Indian journal of veterinary science and animal husbandry - Volume 4,
Year: 1934
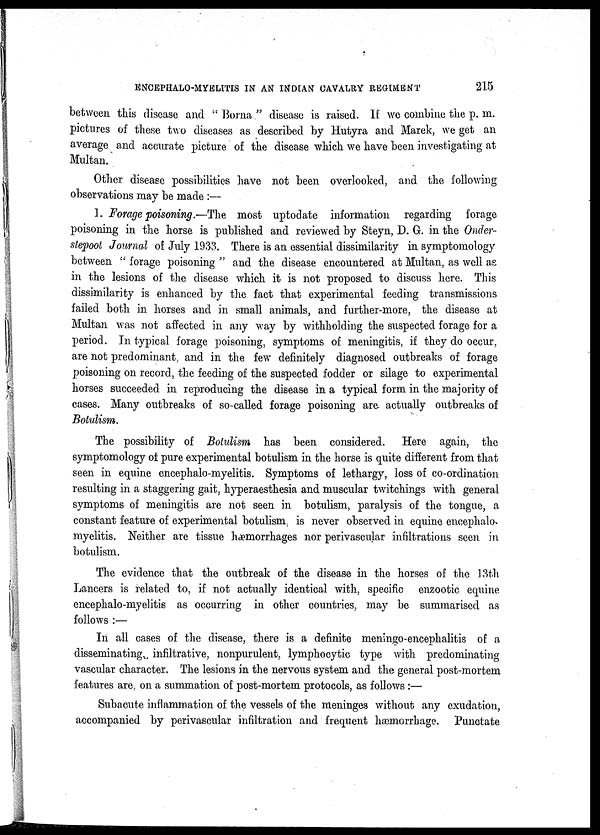
ENCEPHALO-MYELITIS IN AN INDIAN CAVALRY REGIMENT
215
between this disease and " Borna " disease is raised. If we combine the p. m.
pictures of these two diseases as described by Hutyra and Marek, we get an
average and accurate picture of the disease which we have been investigating at
Multan.
Other disease possibilities have not been overlooked, and the following
observations may be made :—
1. Forage poisoning.—The most uptodate information regarding forage
poisoning in the horse is published and reviewed by Steyn, D. G. in the Onder-
stepoot Journal of July 1933. There is an essential dissimilarity in symptomology
between " forage poisoning " and the disease encountered at Multan, as well as
in the lesions of the disease which it is not proposed to discuss here. This
dissimilarity is enhanced by the fact that experimental feeding transmissions
failed both in horses and in small animals, and further-more, the disease at
Multan was not affected in any way by withholding the suspected forage for a
period. In typical forage poisoning, symptoms of meningitis, if they do occur,
are not predominant, and in the few definitely diagnosed outbreaks of forage
poisoning on record, the feeding of the suspected fodder or silage to experimental
horses succeeded in reproducing the disease in a typical form in the majority of
cases. Many outbreaks of so-called forage poisoning are actually outbreaks of
Botulism.
The possibility of Botulism has been considered. Here again, the
symptomology of pure experimental botulism in the horse is quite different from that
seen in equine encephalo-myelitis. Symptoms of lethargy, loss of co-ordination
resulting in a staggering gait, hyperaesthesia and muscular twitchings with general
symptoms of meningitis are not seen in botulism, paralysis of the tongue, a
constant feature of experimental botulism, is never observed in equine encephalo
myelitis. Neither are tissue hæmorrhages nor perivascular infiltrations seen in
botulism.
The evidence that the outbreak of the disease in the horses of the 13th
Lancers is related to, if not actually identical with, specific enzootic equine
encephalo-myelitis as occurring in other countries, may be summarised as
follows :—
In all cases of the disease, there is a definite meningo-encephalitis of a
disseminating, infiltrative, nonpurulent, lymphocytic type with predominating
vascular character. The lesions in the nervous system and the general post-mortem
features are. on a summation of post-mortem protocols, as follows :—
Subacute inflammation of the vessels of the meninges without any exudation,
accompanied by perivascular infiltration and frequent hæmorrhage. Punctate